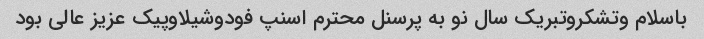
باسلام وتشکروتبریک سال نو به پرسنل محترم اسنپ فودوشیلاوپیک عزیز عالی بود